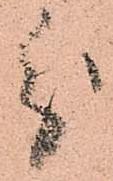
分